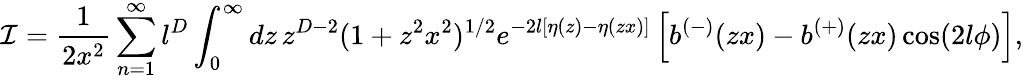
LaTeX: {\mathcal{I}}=\frac{1}{2x^{2}}\sum_{n=1}^{\infty}l^{D}\int_{0}^{\infty}dz\, z^{D-2}(1+z^{2}x^{2})^{1/2}e^{-2l[\eta(z)-\eta(zx)]}\left[b^{(-)}(zx)-b^{(+)}(zx)\cos(2l\phi)\right],